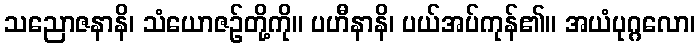
သညောဇနာနိ၊ သံယောဇဉ်တို့ကို။ ပဟီနာနိ၊ ပယ်အပ်ကုန်၏။ အယံပုဂ္ဂလော၊